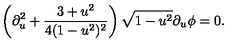
\left( \partial _ { u } ^ { 2 } + { \frac { 3 + u ^ { 2 } } { 4 ( 1 - u ^ { 2 } ) ^ { 2 } } } \right) \sqrt { 1 - u ^ { 2 } } \partial _ { u } \phi = 0 .